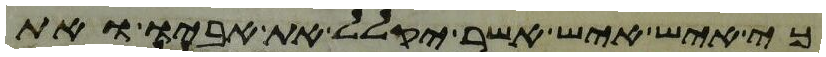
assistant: כי איש איש אשר יקלל את אביו ואת